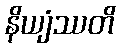
နိယျံဿတိ